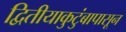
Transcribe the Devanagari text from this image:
द्वितीयाकुटुंबापासून